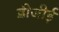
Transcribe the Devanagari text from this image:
डीजीई